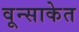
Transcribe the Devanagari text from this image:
वून्साकेत